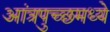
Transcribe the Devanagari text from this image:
आंत्रपुच्छमध्ये